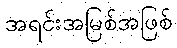
အရင်းအမြစ်အဖြစ်